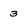
Character: 3